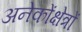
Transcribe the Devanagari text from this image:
अनेकोंक्षेत्रों